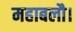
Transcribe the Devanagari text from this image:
महाबलौ।